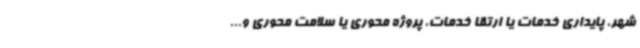
شهر، پایداری خدمات یا ارتقا خدمات، پروژه محوری یا سلامت محوری و...